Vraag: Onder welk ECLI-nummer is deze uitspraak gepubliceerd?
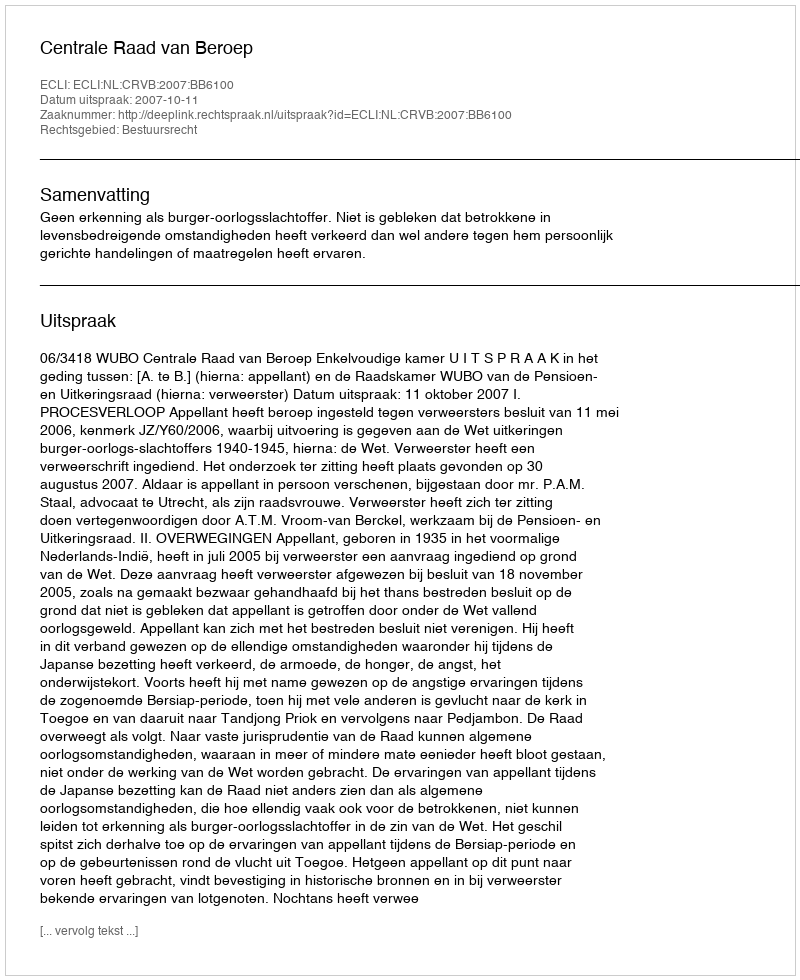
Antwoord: ECLI:NL:CRVB:2007:BB6100